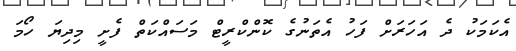
އެކަމަކު ދެ އަހަރަށް ފަހު އެތަނުގެ ކޮންކްރީޓް މަސައްކަތް ފެށީ މިދިޔަ ހޯމަ